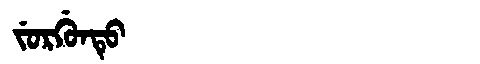
Manchu: ᠵᡠᡵᡤᡠᠨᡨᡠ
Romanization: JURGUNTU